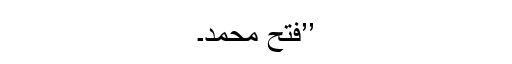
’’فتح محمد۔